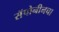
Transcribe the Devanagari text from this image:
सॅपोनीनचा